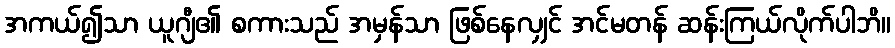
အကယ်၍သာ ယူဂျီ၏ စကားသည် အမှန်သာ ဖြစ်နေလျှင် အင်မတန် ဆန်းကြယ်လိုက်ပါဘိ။